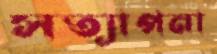
সত্যাপনা